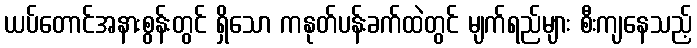
ယပ်တောင်အနားစွန်းတွင် ရှိသော ကနုတ်ပန်းခက်ထဲတွင် မျက်ရည်များ စီးကျနေသည့်